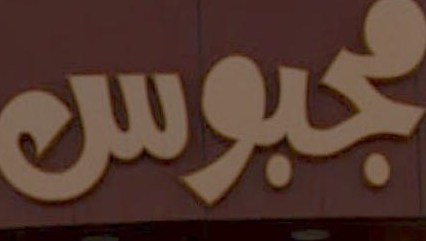
مجبوس